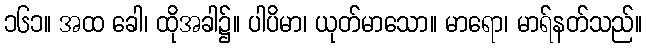
၁၆၁။ အထ ခေါ၊ ထိုအခါ၌။ ပါပိမာ၊ ယုတ်မာသော။ မာရော၊ မာရ်နတ်သည်။